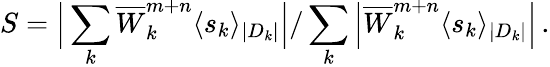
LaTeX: S=\Big|\sum_{k}\overline{{W}}_{k}^{m+n}\langle s_{k}\rangle_{|D_{k}|}\Big|/\sum_{k}\Big|\overline{{W}}_{k}^{m+n}\langle s_{k}\rangle_{|D_{k}|}\Big|\, .